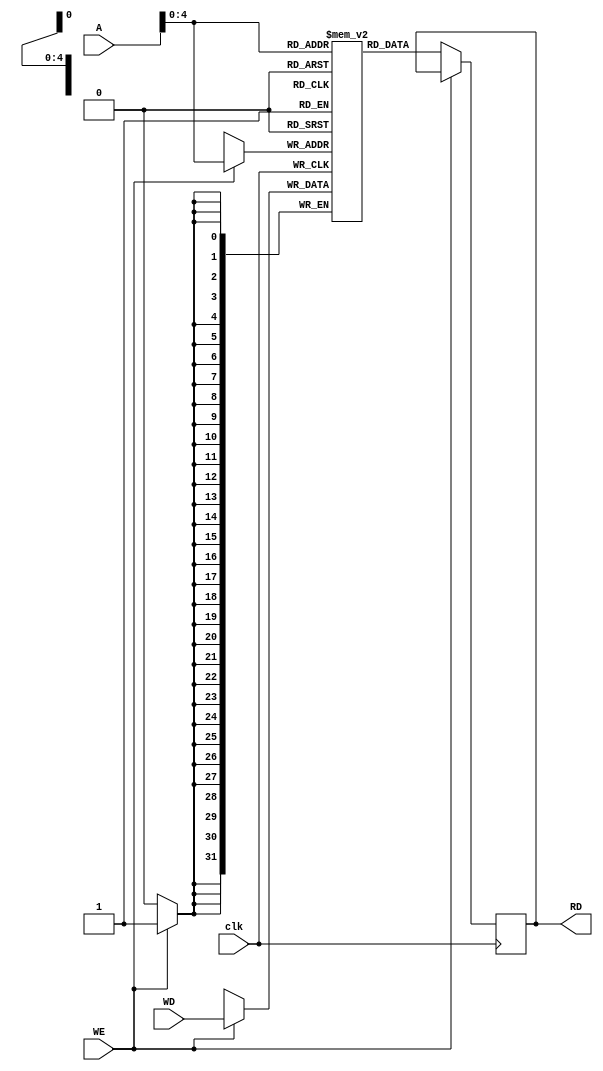
module data_memory(input [31:0]A,//address 
                    input [31:0]WD,//data
                    input WE,clk,//write enalble , clock
                    output reg [31:0]RD
                    );
reg [31:0]register[31:0];
always@(posedge clk)
begin
  if(WE)
    register[A]<=WD;
  else
    RD<=register[A];
end
endmodule